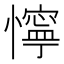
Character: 懧